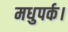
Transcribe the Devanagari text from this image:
मधुपर्क।